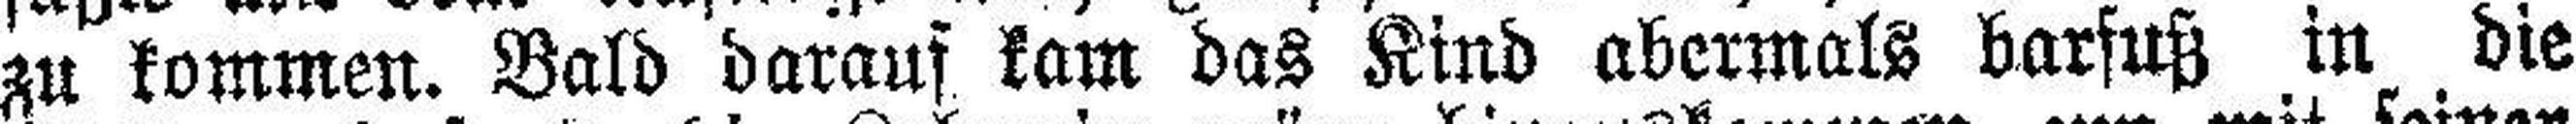
zu kommen. Bald darauf kam das Kind abermals barfuß in die